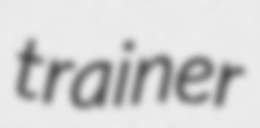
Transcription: trainer